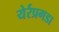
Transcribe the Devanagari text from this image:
येर्रप्रगडा